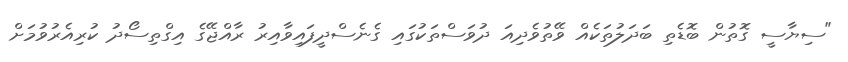
"ސިޔާސީ ގޮތުން ބޮޑެތި ބަދަލުތަކެއް ވޭތުވެދިއަ ދުވަސްތަކުގައި ގެނެސްދީފައިވާއިރު ރާއްޖޭގެ އިގްތިސޯދު ކުރިއެރުވުމަށް